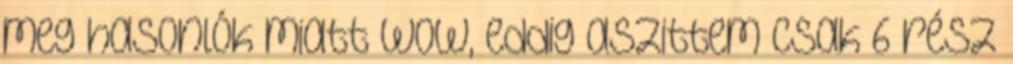
meg hasonlók miatt Wow, eddig aszittem csak 6 rész